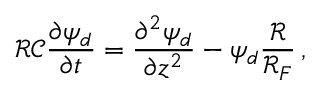
\mathcal { R C } \frac { \partial \psi _ { d } } { \partial t } = \frac { \partial ^ { 2 } \psi _ { d } } { \partial z ^ { 2 } } - \psi _ { d } \frac { \mathcal { R } } { \mathcal { R } _ { F } } \, ,